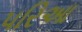
પરિઆ